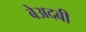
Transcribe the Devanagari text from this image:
बेअदबी